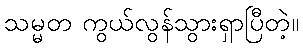
သမ္မတ ကွယ်လွန်သွားရှာပြီတဲ့။